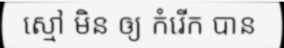
ស្មៅ មិន ឲ្យ កំរើក បាន